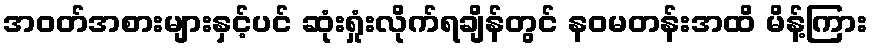
အဝတ်အစားများနှင့်ပင် ဆုံးရှုံးလိုက်ရချိန်တွင် နဝမတန်းအထိ မိန့်ကြား